Reports on dispensaries and lunatic asylums in the Province of Oudh - 1869-1876
Year: 1869
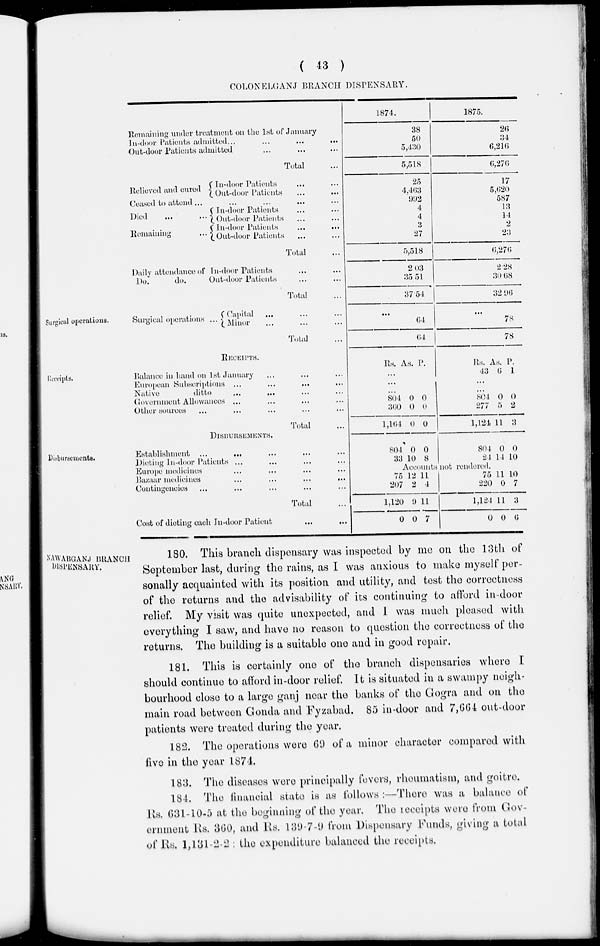
( 43 )
COLONELGANJ BRANCH DISPENSARY.
Remaining under treatment on the 1st of January
In-door Patients admitted ...
...
...
...
Out-door Patients admitted ... ... ...
Total ... ...
1874.
38
50
5,430
5,518
1875.
26
34
6,216
6,276
Relieved and cured
In-door Patients ... ...
Out-door Patients ... ...
Ceased to attend ...
...
...
...
...
Died
...
Remaining ...
In-door Patients ... ...
Out-door Patients ... ...
In-door Patients
...
...
Out-door Patients ... ...
Total ...
25
4,463
992
4
4
3
27
5,518
17
5,620
587
13
14
2
23
6,276
Daily attendance of In-door Patients ... ...
Do.
do.
Out-door Patients ... ...
Total ...
2.03
35.51
37.54
2.28
30.68
32.96
Surgical operations.
Surgical operations ...
Capital ... ... ...
Minor ... ... ...
Total
...
64
64
...
78
78
Receipts.
RECEIPTS.
Balance in hand on 1st January ... ... ...
European Subscriptions ... ... ... ...
Native
ditto
...
...
Government Allowances ... ... ... ...
Other sources ... ... ... ... ...
Total ...
Rs. As. P.
...
...
...
804
360
l,164
0
0
0
0
0
0
Rs.
43
As.
6
P.
1
...
...
804
277
1,124
0
5
11
0
2
3
Disbursements.
DISBURSEMENTS.
Establishment ...
... ... ... ...
Dieting In-door Patients ... ... ... ...
Europe medicines ... ... ... ...
Bazaar medicines
...
...
...
...
Contingencies
...
...
...
...
...
Total ...
Cost of dieting each In-door Patient ... ...
804
33
0
10
0
8
804
24
0
14
0
10
Accounts not rendered.
75
207
1,120
0
12
2
9
0
11
4
11
7
75
220
1,124
0
11
0
11
0
10
7
3
6
NAWABGANJ BRANCH
DISPENSARY.
180. This branch dispensary was inspected by me on the 13th of
September last, during the rains, as I was anxious to make myself per-
sonally acquainted with its position and utility, and test the correctness
of the returns and the advisability of its continuing to afford in-door
relief. My visit was quite unexpected, and I was much pleased with
everything I saw, and have no reason to question the correctness of the
returns. The building is a suitable one and in good repair.
181. This is certainly one of the branch dispensaries where I
should continue to afford in-door relief. It is situated in a swampy neigh-
bourhood close to a large ganj near the banks of the Gogra and on the
main road between Gonda and Fyzabad. 85 in-door and 7,664 out-door
patients were treated during the year.
182. The operations were 69 of a minor character compared with
five in the year 1874.
183. The diseases were principally fevers, rheumatism, and goitre.
184. The financial state is as follows :—There was a balance of
Rs. 631-10-5 at the beginning of the year. The receipts were from Gov-
ernment Rs. 360, and Rs. 139-7-9 from Dispensary Funds, giving a total
of Rs. 1,131-2-2 : the expenditure balanced the receipts.